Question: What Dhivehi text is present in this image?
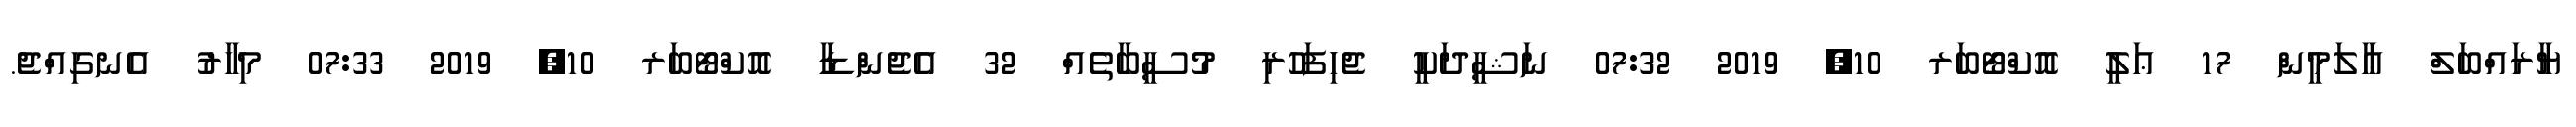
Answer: ޔާރައްބަލް ޢާލަމީން 17 ޢަލީ އޮކްޓޯބަރ 10, 2019 07:32 ނަޝީދަކީ ޖެހިފަހުރި މުސީބާތެއް 32 އެޖެންޑާ އޮކްޓޯބަރ 10, 2019 07:33 މިހާރު އެނގިއްޖެ.